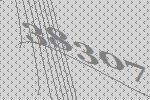
38307